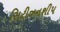
સિટીઝનશીપ